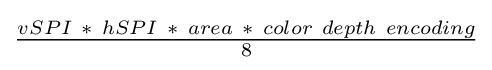
{\tfrac {vSPI\ *\ hSPI\ *\ area\ *\ color~depth~encoding}{8}}